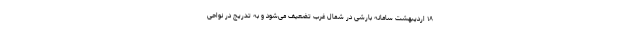
۱۸ اردیبهشت سامانه بارشی در شمال غرب تضعیف می‌شود و به تدریج در نواحی